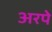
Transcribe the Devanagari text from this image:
अरपे